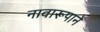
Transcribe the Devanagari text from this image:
नावारूपाने